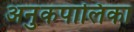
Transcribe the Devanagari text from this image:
अनुकपालिका